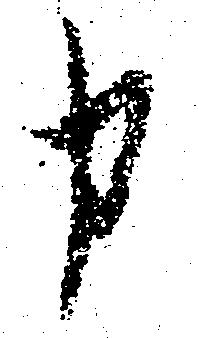
申